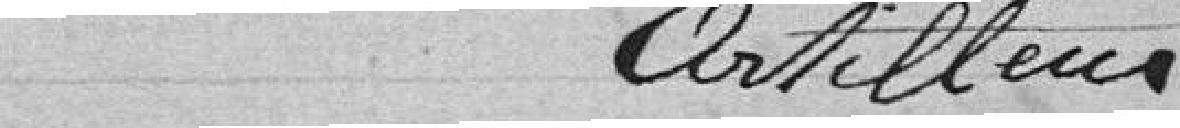
Artilleur